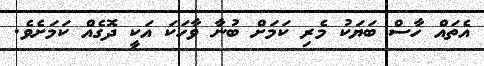
އެތައް ހާސް ބަޔަކު މެރި ކަމަށް ބުނާ ވާހަކަ އަކީ ދޮގެއް ކަމަށެވެ.